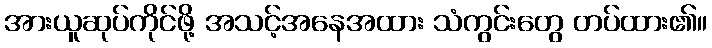
အားယူဆုပ်ကိုင်ဖို့ အသင့်အနေအထား သံကွင်းတွေ တပ်ထား၏။